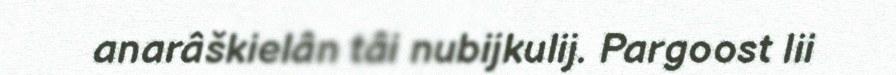
anarâškielân tâi nubijkulij. Pargoost lii